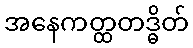
အနေကတ္ထတဒ္ဓိတ်